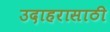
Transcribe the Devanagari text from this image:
उदाहरासाठी